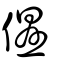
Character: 儑